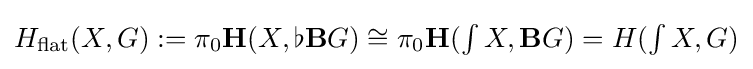
H_{\mathrm {flat} }(X,G):=\pi _{0}\mathbf {H} (X,\flat \mathbf {B} G)\cong \pi _{0}\mathbf {H} (\textstyle \int X,\mathbf {B} G)=H(\textstyle \int X,G)